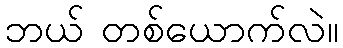
ဘယ် တစ်ယောက်လဲ။